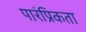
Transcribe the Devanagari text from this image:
पारंप्रिकता